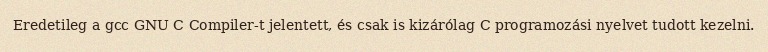
Eredetileg a gcc GNU C Compiler-t jelentett, és csak is kizárólag C programozási nyelvet tudott kezelni.